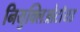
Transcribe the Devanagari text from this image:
नियुक्लिओटॉयड